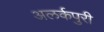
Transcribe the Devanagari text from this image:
अलर्कपुरी